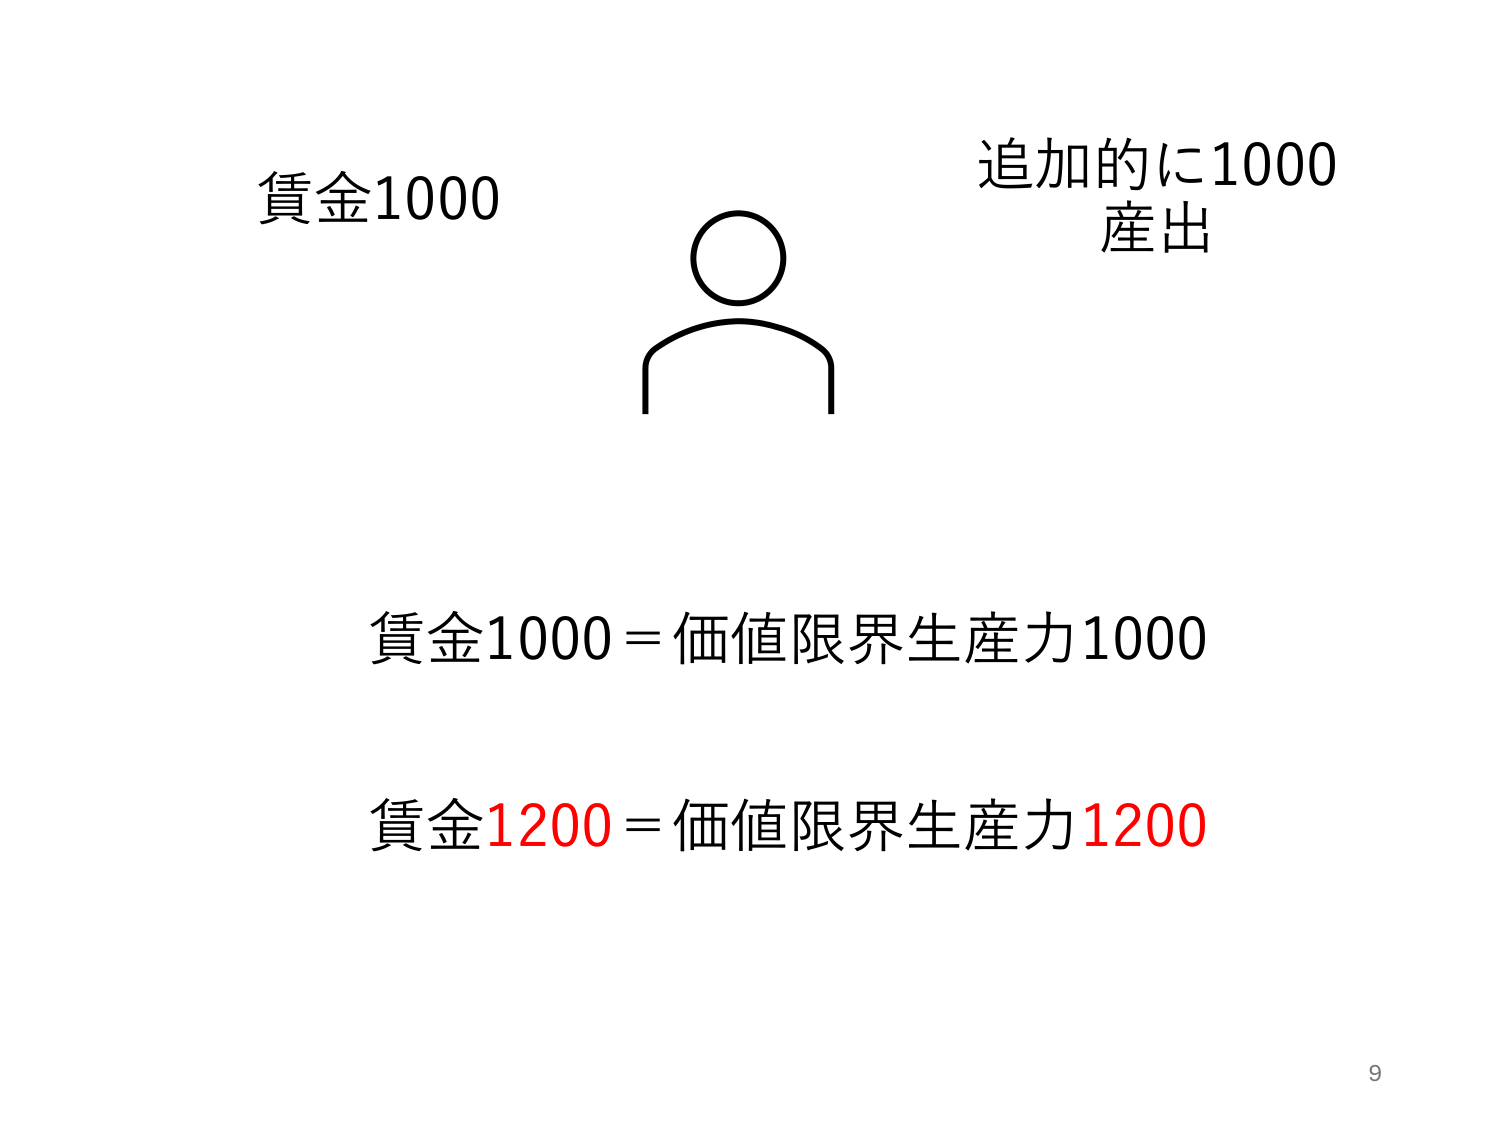
賃金1000
追加的に1000
産出
賃金1000＝価値限界生産力1000
賃金1200＝価値限界生産力1200
9